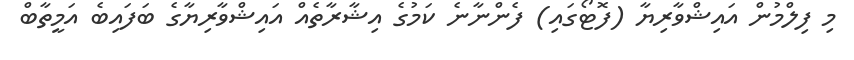
މި ފިލްމުން އައިޝްވާރިޔާ (ފޮޓޯގައި) ފެންނާނެ ކަމުގެ އިޝާރާތެއް އައިޝްވާރިޔާގެ ބަފައިބެ އަމީތާބް